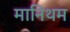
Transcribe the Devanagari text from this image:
मानिथम